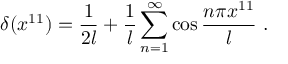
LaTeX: \delta ( x ^ { 1 1 } ) = { \frac { 1 } { 2 l } } + { \frac { 1 } { l } } \sum _ { n = 1 } ^ { \infty } \cos { \frac { n \pi x ^ { 1 1 } } { l } } \ .